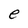
Character: e